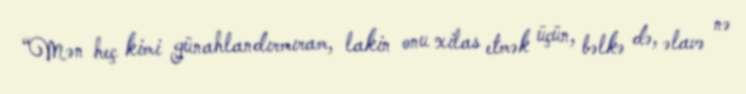
“Mən heç kimi günahlandırmıram, lakin onu xilas etmək üçün, bəlkə də, əlavə nə